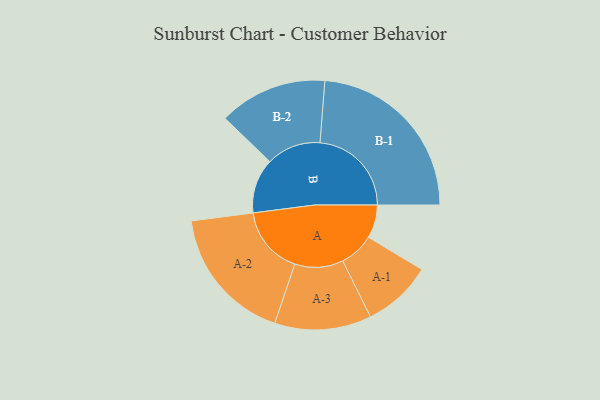
{"axis": {"x": "Segment", "y": "Value"}, "legend": ["", "A", "B"], "data": [{"x": "A", "y": 108, "type": ""}, {"x": "B", "y": 178, "type": ""}, {"x": "A-1", "y": 113, "type": "A"}, {"x": "A-2", "y": 222, "type": "A"}, {"x": "A-3", "y": 157, "type": "A"}, {"x": "B-1", "y": 297, "type": "B"}, {"x": "B-2", "y": 176, "type": "B"}]}